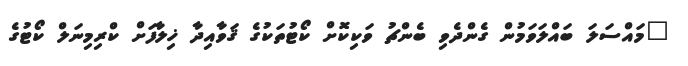
"މައްސަލަ ބައްލަވަމުން ގެންދެވި ބެންޗު ވަކިކޮށް ކޯޓުތަކުގެ ޤަވާއިދާ ޚިލާފަށް ކްރިމިނަލް ކޯޓުގެ